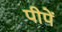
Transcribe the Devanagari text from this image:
पीपें